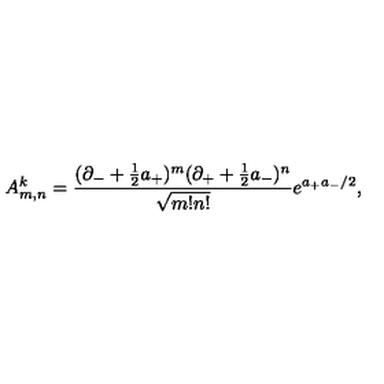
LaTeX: A _ { m , n } ^ { k } = \frac { ( \partial _ { - } + \frac { 1 } { 2 } a _ { + } ) ^ { m } ( \partial _ { + } + \frac { 1 } { 2 } a _ { - } ) ^ { n } } { \sqrt { m ! n ! } } e ^ { a _ { + } a _ { - } / 2 } ,